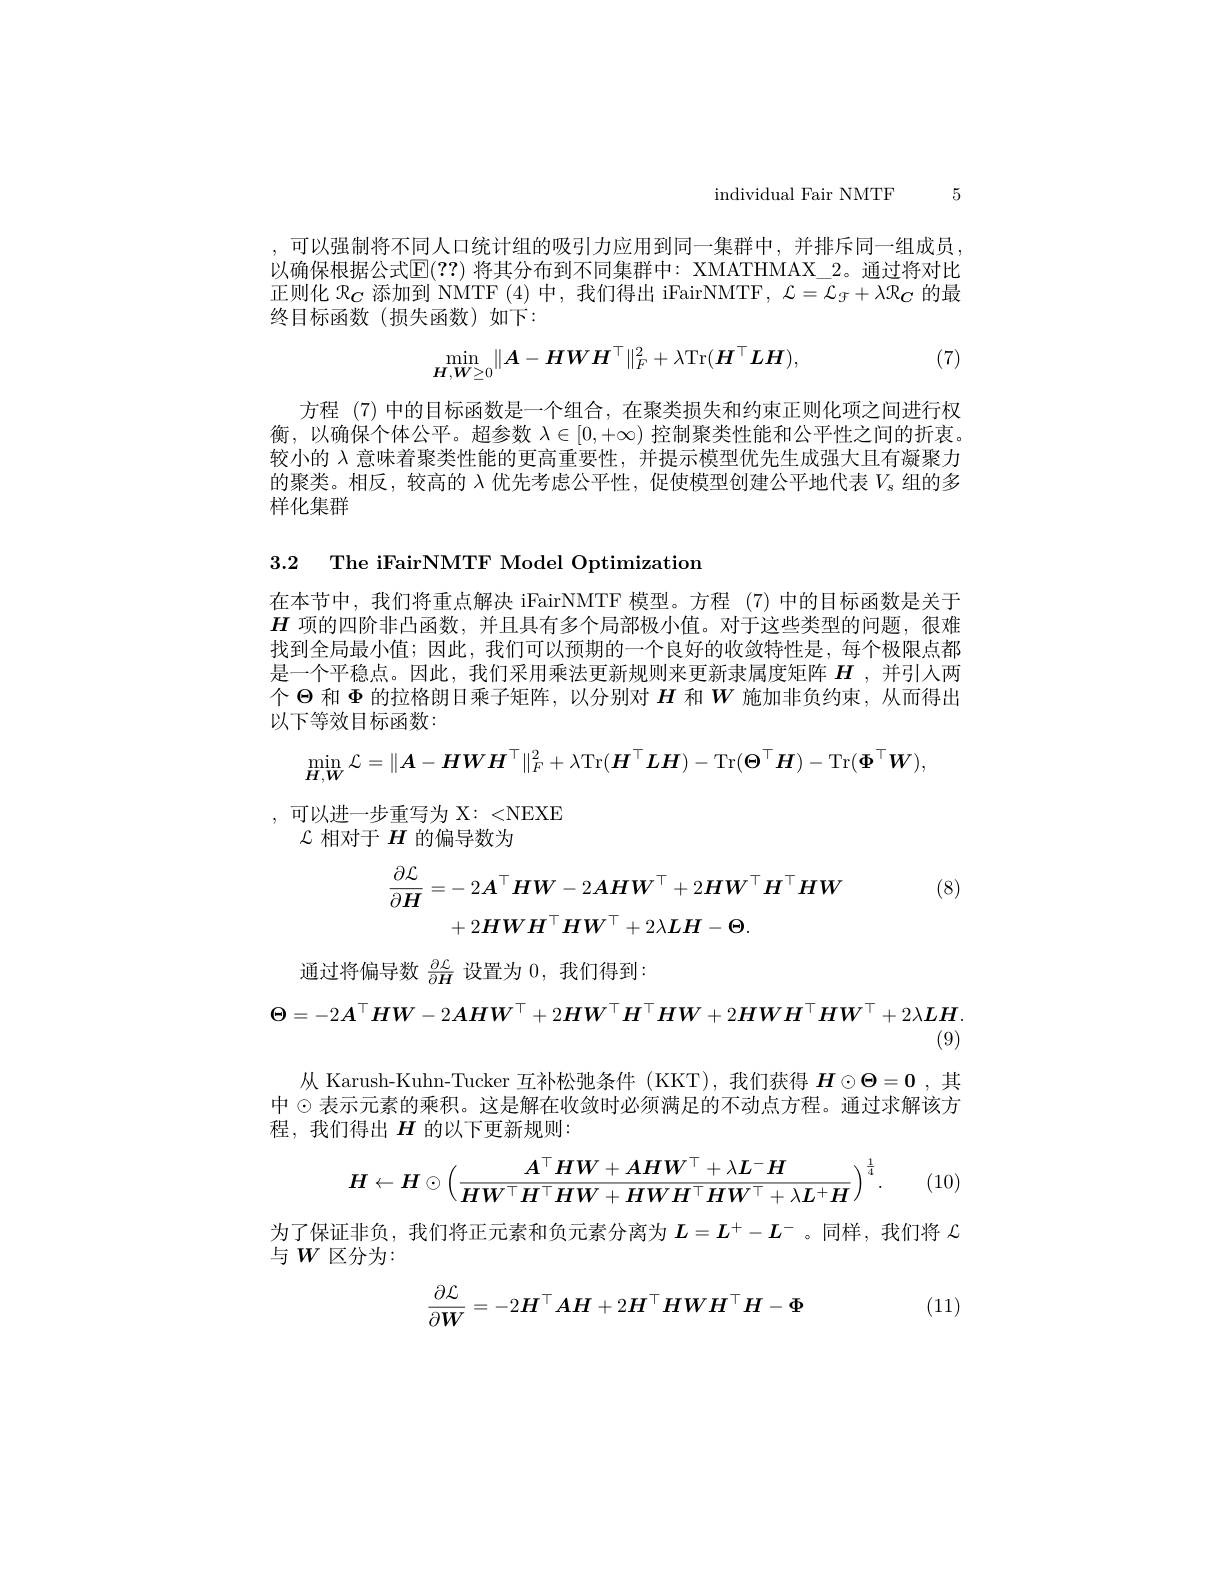
individual Fair NMTF 5

,可以强制将不同人口统计组的吸引力应用到同一集群中，并排斥同一组成员， 以确保根据公式$\mathbb{E}(??)$ 将其分布到不同集群中：XMATHMAX\_2。通过将对比正则化$\mathcal{R}_C$添加到 NMTF (4)中，我们得出 iFairNMTF, $\mathcal{L}=\mathcal{L}_{\mathcal{F}}+\lambda\mathcal{R}_{\mathcal{C}}$的最终目标函数(损失函数)如下：
$$\min_{H,W\geq0}\lVert A-HWH^\top\rVert_F^2+\lambda\mathrm{Tr}(\boldsymbol{H}^\top\boldsymbol{LH}),$$
(7)

方程 (7) 中的目标函数是一个组合，在聚类损失和约束正则化项之间进行权衡，以确保个体公平。超参数$\lambda\in[0,+\infty)$控制聚类性能和公平性之间的折衷。较小的$\lambda$意味着聚类性能的更高重要性，并提示模型优先生成强大且有凝聚力的聚类。相反，较高的$\lambda$优先考虑公平性，促使模型创建公平地代表$V_s$组的多样化集群

3.2 The iFairNMTF Model Optimization

在本节中，我们将重点解决 iFairNMTF 模型。方程 (7)中的目标函数是关于

$H$项的四阶非凸函数，并且具有多个局部极小值。对于这些类型的问题，很难

找到全局最小值；因此，我们可以预期的一个良好的收敛特性是，每个极限点都

是一个平稳点。因此，我们采用乘法更新规则来更新隶属度矩阵$H$ ,并引入两

个$\Theta$和$\Phi$的拉格朗日乘子矩阵，以分别对$H$和$W$施加非负约束，从而得出

以下等效目标函数：
$$\min_{\boldsymbol{H},\boldsymbol{W}}\mathcal{L}=\|\boldsymbol{A}-\boldsymbol{HWH}^\top\|_F^2+\lambda\mathrm{Tr}(\boldsymbol{H}^\top\boldsymbol{LH})-\mathrm{Tr}(\boldsymbol{\Theta}^\top\boldsymbol{H})-\mathrm{Tr}(\boldsymbol{\Phi}^\top\boldsymbol{W}),$$
$\begin{array}{c}{,}&{\text{可以进一步重写为 X: <NEXE}}\\{\mathcal{L}\text{ 相对于 }H\text{ 的偏导数为}}\end{array}$

$V$ (8)
$$\begin{aligned}\frac{\partial\mathcal{L}}{\partial\boldsymbol{H}}&=-\:2\boldsymbol{A}^{\top}\boldsymbol{H}\boldsymbol{W}-2\boldsymbol{A}\boldsymbol{H}\boldsymbol{W}^{\top}+2\boldsymbol{H}\boldsymbol{W}^{\top}\boldsymbol{H}^{\top}\boldsymbol{H}\boldsymbol{W}\\&+2\boldsymbol{HWH}^{\top}\boldsymbol{HW}^{\top}+2\lambda\boldsymbol{LH}-\boldsymbol{\Theta}.\end{aligned}$$
通过将偏导数$\frac{\partial\mathcal{L}}{\partial H}$设置为0，我们得到：
$$\Theta=-2A^\top HW-2AHW^\top+2HW^\top H^\top HW+2HWH^\top HW^\top+2\lambda LH$$
(9)

从 Karush-Kuhn-Tucker 互补松弛条件 (KKT),我们获得$H\odot\Theta=0$ ,其中 $\odot$表示元素的乘积。这是解在收敛时必须满足的不动点方程。通过求解该方程，我们得出$H$的以下更新规则：
$$H\leftarrow H\odot\left(\frac{A^\top HW+AHW^\top+\lambda L^-H}{HW^\top H^\top HW+HWH^\top HW^\top+\lambda L^+H}\right)^{\frac14}.$$
为了保证非负，我们将正元素和负元素分离为$L=L^+-L^-$ 。同样，我们将$\mathcal{L}$
与$W$区分为：

(11)
$$\frac{\partial\mathcal{L}}{\partial\boldsymbol{W}}=-2\boldsymbol{H}^\top\boldsymbol{AH}+2\boldsymbol{H}^\top\boldsymbol{HWH}^\top\boldsymbol{H}-\boldsymbol{\Phi}$$